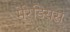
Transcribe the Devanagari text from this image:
मेरेडियस